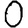
Digit: 0